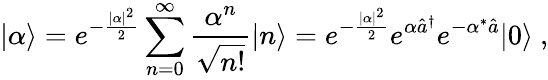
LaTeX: |\alpha\rangle=e^{-{\frac{|\alpha|^{2}}{2}}}\sum_{n=0}^{\infty}{\frac{\alpha^{n}}{\sqrt{n!}}}|n\rangle=e^{-{\frac{|\alpha|^{2}}{2}}}e^{\alpha{\hat{a}}^{\dagger}}e^{-{\alpha^{*}{\hat{a}}}}|0\rangle~,